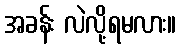
အခန်း လဲလို့ရမလား။